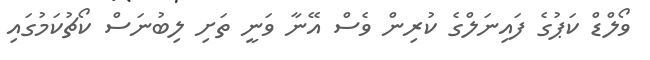
ވޯލްޑް ކަޕުގެ ފައިނަލްގެ ކުރިން ވެސް އޭނާ ވަނީ ތަށި ލިބުނަސް ކޯޗުކަމުގައި